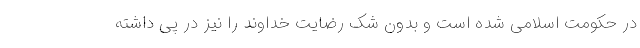
در حکومت اسلامی شده است و بدون شک رضایت خداوند را نیز در پی داشته